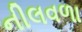
નીલવળા